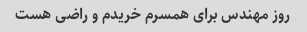
روز مهندس برای همسرم خریدم و راضی هست